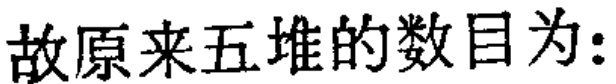
故原来五堆的数目为: